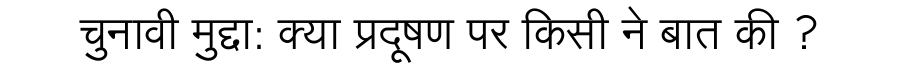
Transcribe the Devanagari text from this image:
चुनावी मुद्दा: क्या प्रदूषण पर किसी ने बात की ?